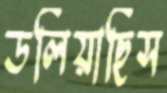
ডলিয়াছিস